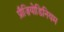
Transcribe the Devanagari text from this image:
प्रौज़ियोडिनियम